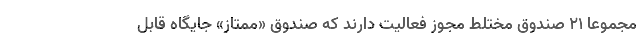
مجموعا 21 صندوق مختلط مجوز فعالیت دارند که صندوق «ممتاز» جایگاه قابل